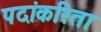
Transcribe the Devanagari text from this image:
पदांकरिता